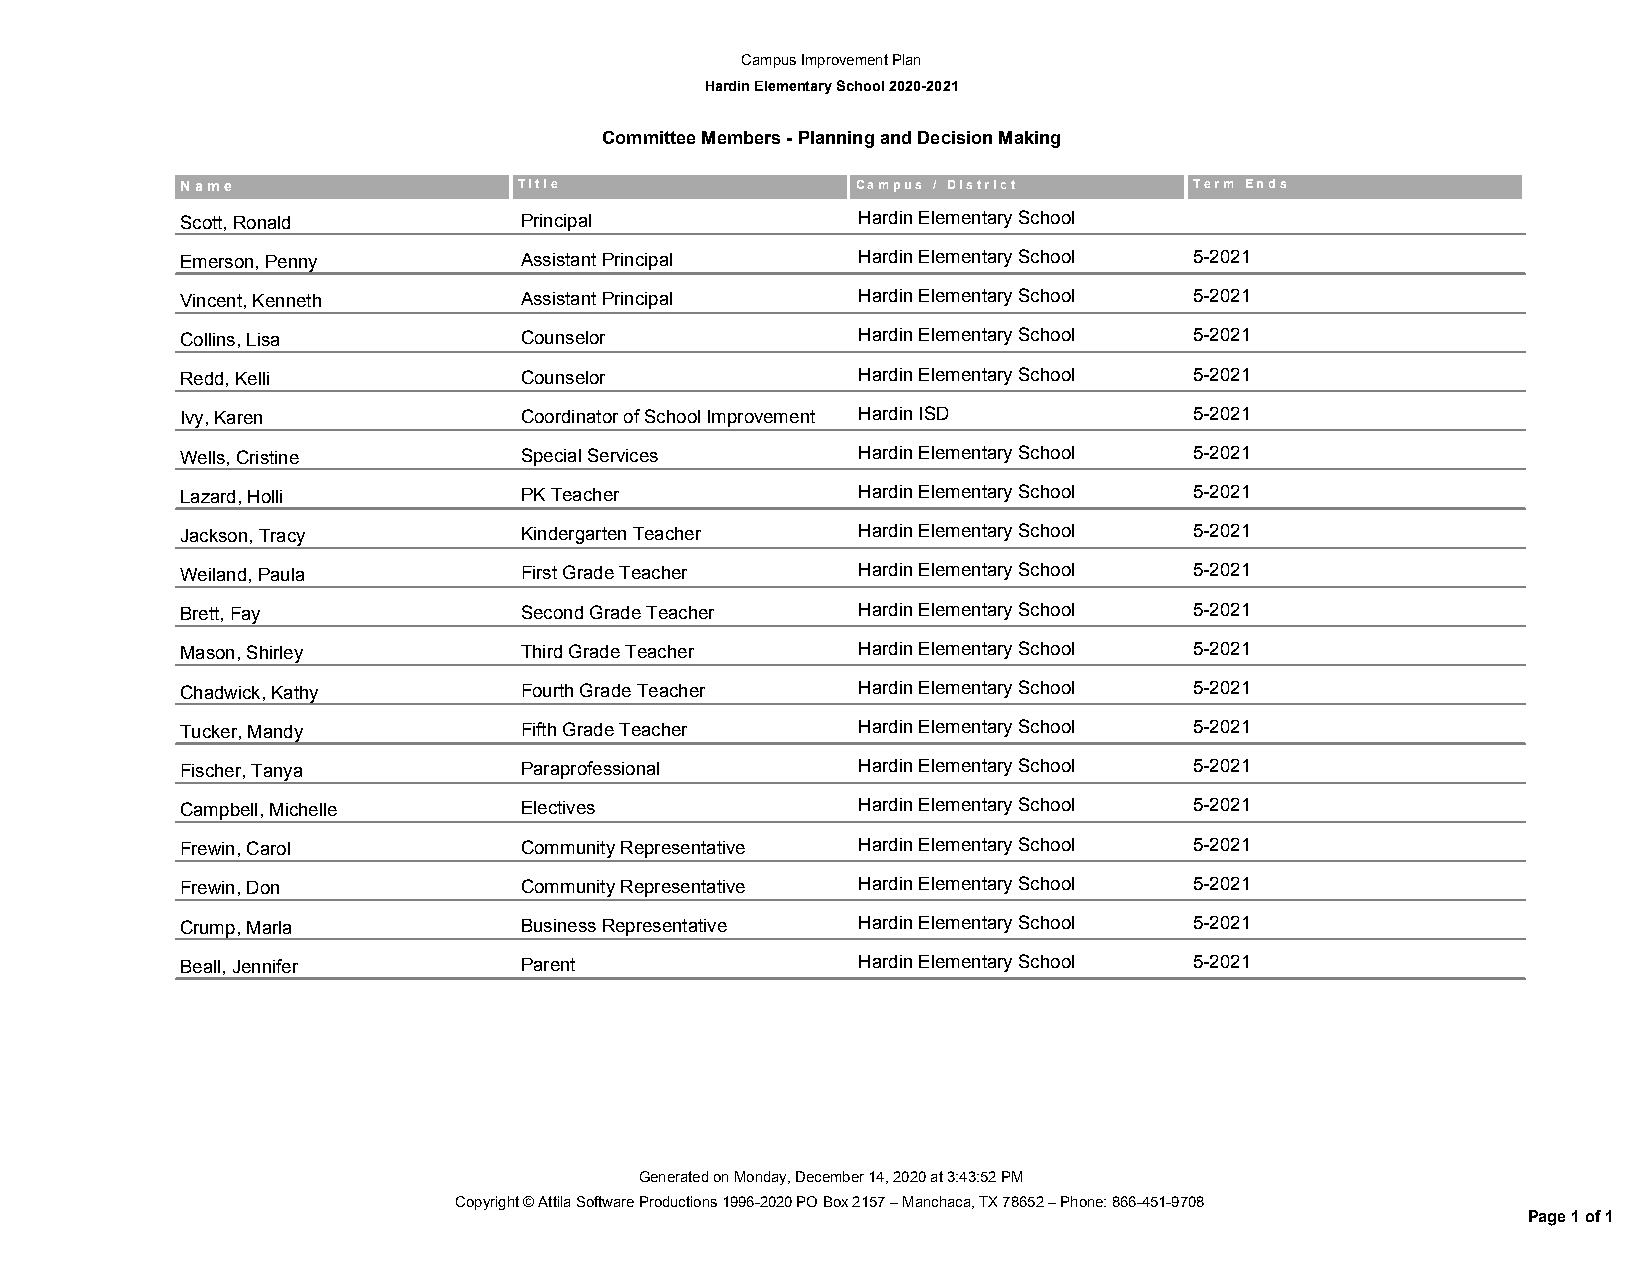
Campus Improvement Plan
 Hardin Elementary School 2020-2021
 Committee Members - Planning and Decision Making
 N a m e               T i t l e              C a m p u s / D i s t r i c t T e r m E n d s
 Scott, Ronald         Principal              Hardin Elementary School
 Emerson, Penny        Assistant Principal    Hardin Elementary School 5-2021
 Vincent, Kenneth      Assistant Principal    Hardin Elementary School 5-2021
 Collins, Lisa         Counselor              Hardin Elementary School 5-2021
 Redd, Kelli           Counselor              Hardin Elementary School 5-2021
 Ivy, Karen            Coordinator of School Improvement Hardin ISD 5-2021
 Wells, Cristine       Special Services       Hardin Elementary School 5-2021
 Lazard, Holli         PK Teacher             Hardin Elementary School 5-2021
 Jackson, Tracy        Kindergarten Teacher   Hardin Elementary School 5-2021
 Weiland, Paula        First Grade Teacher    Hardin Elementary School 5-2021
 Brett, Fay            Second Grade Teacher   Hardin Elementary School 5-2021
 Mason, Shirley        Third Grade Teacher    Hardin Elementary School 5-2021
 Chadwick, Kathy       Fourth Grade Teacher   Hardin Elementary School 5-2021
 Tucker, Mandy         Fifth Grade Teacher    Hardin Elementary School 5-2021
 Fischer, Tanya        Paraprofessional       Hardin Elementary School 5-2021
 Campbell, Michelle    Electives              Hardin Elementary School 5-2021
 Frewin, Carol         Community Representative Hardin Elementary School 5-2021
 Frewin, Don           Community Representative Hardin Elementary School 5-2021
 Crump, Marla          Business Representative Hardin Elementary School 5-2021
 Beall, Jennifer       Parent                 Hardin Elementary School 5-2021
 Generated on Monday, December 14, 2020 at 3:43:52 PM
 Copyright © Attila Software Productions 1996-2020 PO Box 2157 – Manchaca, TX 78652 – Phone: 866-451-9708
 Page 1 of 1